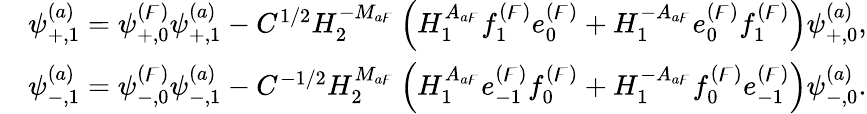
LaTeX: \begin{array}{rl}&{\psi_{+,1}^{(a)}=\psi_{+,0}^{(\digamma)}\psi_{+,1}^{(a)}-C^{1/2}H_{2}^{-M_{a\digamma}}\left(H_{1}^{A_{a\digamma}}f_{1}^{(\digamma)}e_{0}^{(\digamma)}+H_{1}^{-A_{a\digamma}}e_{0}^{(\digamma)}f_{1}^{(\digamma)}\right)\psi_{+,0}^{(a)},}\\ &{\psi_{-,1}^{(a)}=\psi_{-,0}^{(\digamma)}\psi_{-,1}^{(a)}-C^{-1/2}H_{2}^{M_{a\digamma}}\left(H_{1}^{A_{a\digamma}}e_{-1}^{(\digamma)}f_{0}^{(\digamma)}+H_{1}^{-A_{a\digamma}}f_{0}^{(\digamma)}e_{-1}^{(\digamma)}\right)\psi_{-,0}^{(a)}.}\end{array}